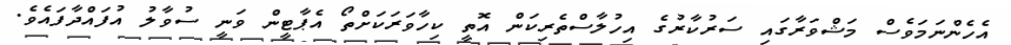
އެހެންނަމަވެސް މަޝްވަރާގައި ސަރުކާރުގެ އިހުލާސްތެރިކަން އޮތީ ކިހާވަރަކަށްތޯ އެޕާޓީން ވަނީ ސުވާލު އުފައްދާފައެވެ.